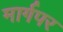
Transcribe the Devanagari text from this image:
मार्गपर